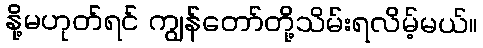
နို့မဟုတ်ရင် ကျွန်တော်တို့သိမ်းရလိမ့်မယ်။